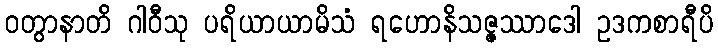
ဝတွာနာတိ ဂါဝီသု ပရိယာယာမိသံ ရဟောနိသဇ္ဇဿာဒေါ ဥဒကစာရီပိ